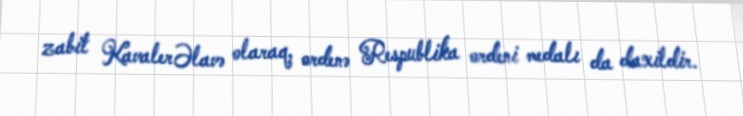
zabit KavalerƏlavə olaraq, ordenə Respublika ordeni medalı da daxildir.